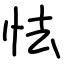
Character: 怯